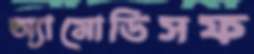
অ্যামোডিসফ